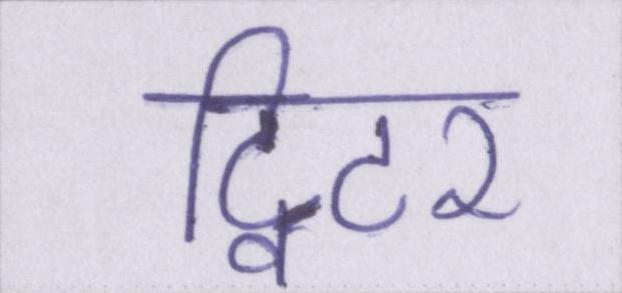
ट्विटर